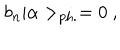
LaTeX: b _ { n } | \alpha > _ { \mathrm { p h . } } = 0 ~ ,